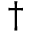
^ \dagger